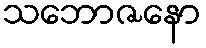
သဘောဇနော